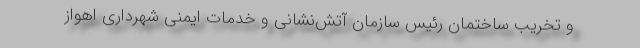
و تخریب ساختمان رئیس سازمان آتش‌نشانی و خدمات ایمنی شهرداری اهواز